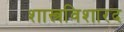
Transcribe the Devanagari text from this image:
शास्त्रविशारद